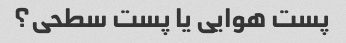
پست هوایی یا پست سطحی؟